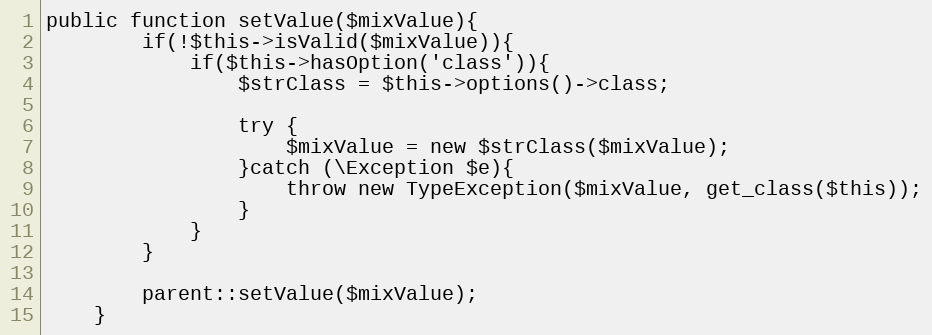
Language: PHP
public function setValue($mixValue){
		if(!$this->isValid($mixValue)){
			if($this->hasOption('class')){
				$strClass = $this->options()->class;

				try {
					$mixValue = new $strClass($mixValue);
				}catch (\Exception $e){
					throw new TypeException($mixValue, get_class($this));
				}
			}
		}

		parent::setValue($mixValue);
	}